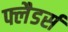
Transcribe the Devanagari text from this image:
फ्लैडर्स